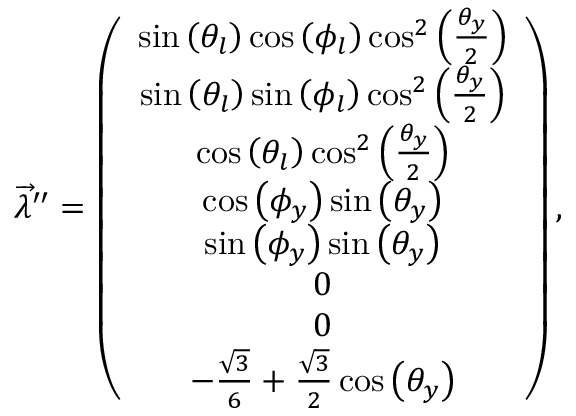
\begin{array} { r } { \overrightarrow { \lambda } ^ { \prime \prime } = \left( \begin{array} { c } { \sin \left( \theta _ { l } \right) \cos \left( \phi _ { l } \right) \cos ^ { 2 } \left( \frac { \theta _ { y } } { 2 } \right) } \\ { \sin \left( \theta _ { l } \right) \sin \left( \phi _ { l } \right) \cos ^ { 2 } \left( \frac { \theta _ { y } } { 2 } \right) } \\ { \cos \left( \theta _ { l } \right) \cos ^ { 2 } \left( \frac { \theta _ { y } } { 2 } \right) } \\ { \cos \left( \phi _ { y } \right) \sin \left( \theta _ { y } \right) } \\ { \sin \left( \phi _ { y } \right) \sin \left( \theta _ { y } \right) } \\ { 0 } \\ { 0 } \\ { - \frac { \sqrt { 3 } } { 6 } + \frac { \sqrt { 3 } } { 2 } \cos \left( \theta _ { y } \right) } \end{array} \right) , } \end{array}